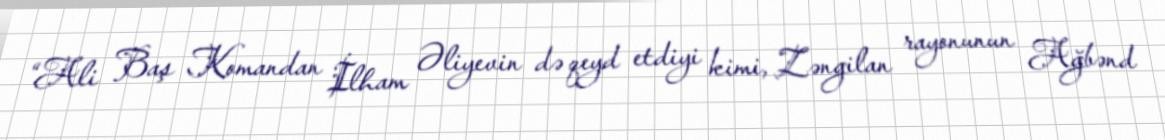
“Ali Baş Komandan İlham Əliyevin də qeyd etdiyi kimi, Zəngilan rayonunun Ağbənd